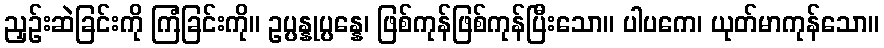
ညှဉ်းဆဲခြင်းကို ကြံခြင်းကို။ ဥပ္ပန္နုပ္ပန္နေ၊ ဖြစ်ကုန်ဖြစ်ကုန်ပြီးသော။ ပါပကေ၊ ယုတ်မာကုန်သော။